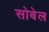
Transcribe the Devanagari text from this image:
सोबेल